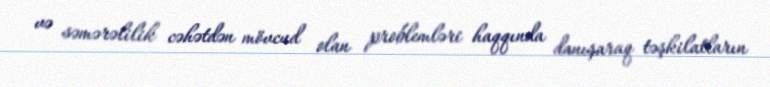
və səmərəlilik cəhətdən mövcud olan problemləri haqqında danışaraq təşkilatların